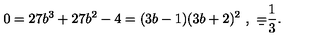
0 = 2 7 b ^ { 3 } + 2 7 b ^ { 2 } - 4 = ( 3 b - 1 ) ( 3 b + 2 ) ^ { 2 } \ , \ \b = \frac { 1 } { 3 } .